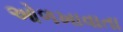
ઓળખાવાતા